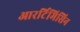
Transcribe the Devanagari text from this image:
आरर्टिमिसिन